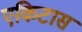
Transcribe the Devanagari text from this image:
एकिटास